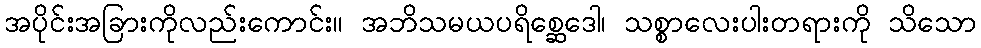
အပိုင်းအခြားကိုလည်းကောင်း။ အဘိသမယပရိစ္ဆေဒေါ၊ သစ္စာလေးပါးတရားကို သိသော